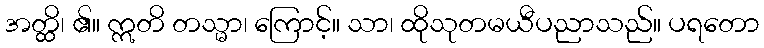
အတ္ထိ၊ ၏။ ဣတိ တသ္မာ၊ ကြောင့်။ သာ၊ ထိုသုတမယီပညာသည်။ ပရတော